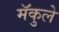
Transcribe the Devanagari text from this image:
मॅकुले